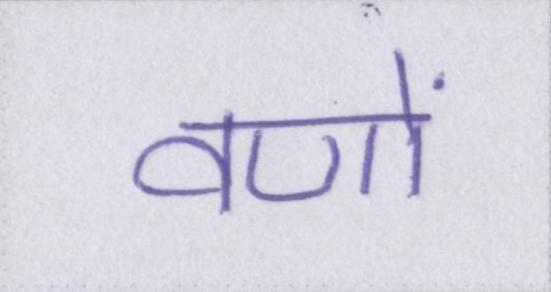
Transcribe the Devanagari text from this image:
वणों